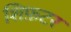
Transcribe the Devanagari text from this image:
शिफ़टर